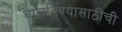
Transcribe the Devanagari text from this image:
घालविण्यासाठीची